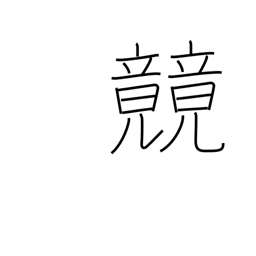
Meaning: race